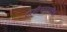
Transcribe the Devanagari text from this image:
टाकीसमूहातील